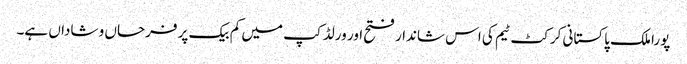
پورا ملک پاکستانی کرکٹ ٹیم کی اس شاندار فتح اور ورلڈ کپ میں کم بیک پر فرحاں و شاداں ہے۔